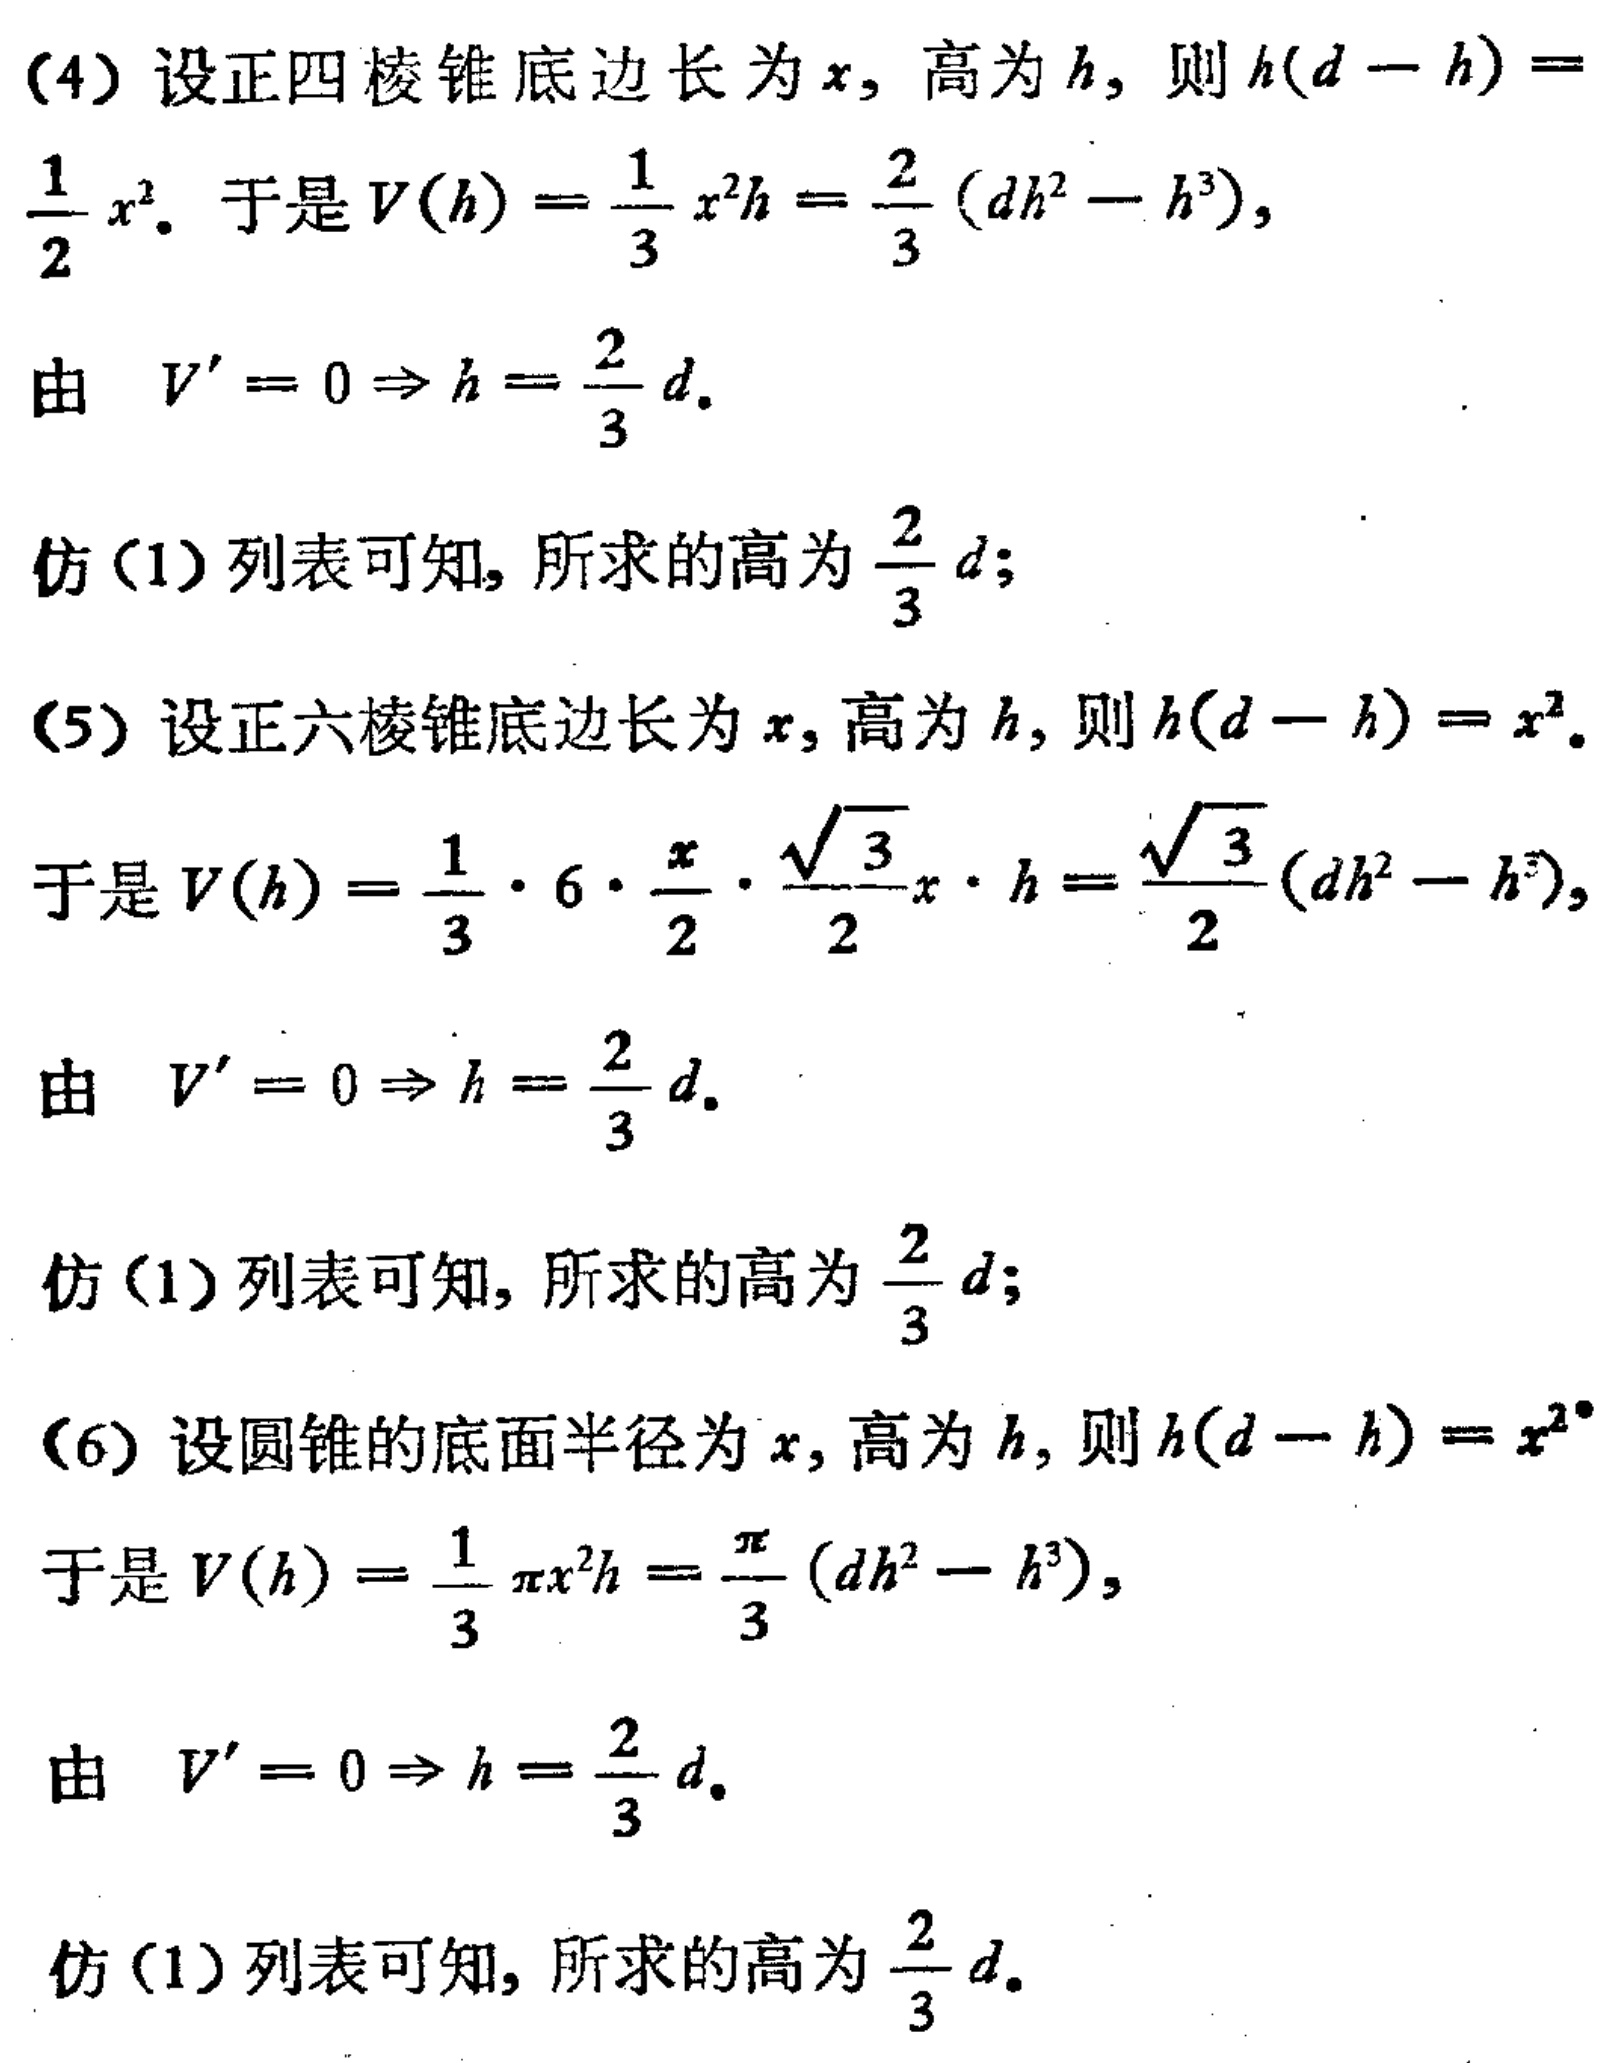
(4) 设正四棱锥底边长为 \(x\)，高为 \(h\)，则 \(h(d - h)=\frac{1}{2}x^{2}\)。于是 \(V(h)=\frac{1}{3}x^{2}h=\frac{2}{3}(dh^{2}-h^{3})\)，
由 \(V' = 0\Rightarrow h=\frac{2}{3}d\)。
仿(1)列表可知，所求的高为 \(\frac{2}{3}d\)；
(5) 设正六棱锥底边长为 \(x\)，高为 \(h\)，则 \(h(d - h)=x^{2}\)。
于是 \(V(h)=\frac{1}{3}\cdot6\cdot\frac{x}{2}\cdot\frac{\sqrt{3}}{2}x\cdot h=\frac{\sqrt{3}}{2}(dh^{2}-h^{3})\)，
由 \(V' = 0\Rightarrow h=\frac{2}{3}d\)。
仿(1)列表可知，所求的高为 \(\frac{2}{3}d\)；
(6) 设圆锥的底面半径为 \(x\)，高为 \(h\)，则 \(h(d - h)=x^{2}\)。
于是 \(V(h)=\frac{1}{3}\pi x^{2}h=\frac{\pi}{3}(dh^{2}-h^{3})\)，
由 \(V' = 0\Rightarrow h=\frac{2}{3}d\)。
仿(1)列表可知，所求的高为 \(\frac{2}{3}d\)。